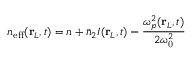
n _ { \mathrm { e f f } } ( \mathbf { r } _ { L } , t ) = n + \bar { n } _ { 2 } I ( \mathbf { r } _ { L } , t ) - \frac { \omega _ { p } ^ { 2 } ( \mathbf { r } _ { L } , t ) } { 2 \omega _ { \mathrm { 0 } } ^ { 2 } }